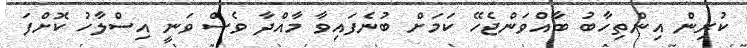
ކުރިން އިންތިހާބު ބާއްވަންޖެހޭ ކަމަށް ބުނެފައިވާ މާއްދާ ވެސް ވަނީ އިސްލާހު ކޮށްފަ